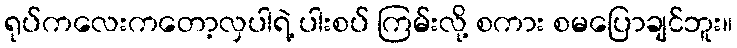
ရုပ်ကလေးကတော့လှပါရဲ့ ပါးစပ် ကြမ်းလို့ စကား စမပြောချင်ဘူး။